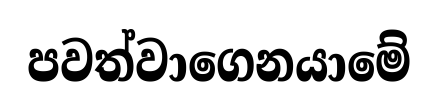
පවත්වාගෙනයාමේ